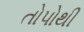
તોપોથી